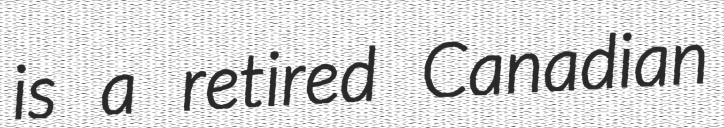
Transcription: is a retired Canadian